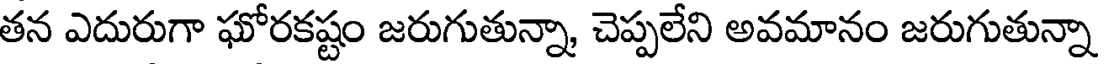
తన ఎదురుగా ఘోరకష్టం జరుగుతున్నా, చెప్పలేని అవమానం జరుగుతున్నా